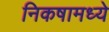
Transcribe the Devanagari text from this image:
निकषामध्ये